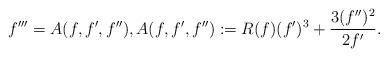
LaTeX: \begin{align*} f'''=A(f,f',f''), A(f,f',f'') := R(f)(f')^3+\frac{3(f'')^2}{2f'}.\end{align*}